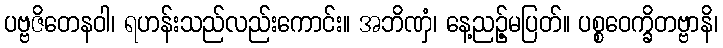
ပဗ္ဗဇိတေနဝါ၊ ရဟန်းသည်လည်းကောင်း။ အဘိဏှံ၊ နေ့ညဉ့်မပြတ်။ ပစ္စဝေက္ခိတဗ္ဗာနိ၊